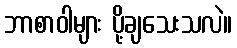
ဘာစာဝါများ ပို့ချသေးသလဲ။